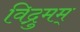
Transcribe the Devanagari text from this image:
विद्रुमम्